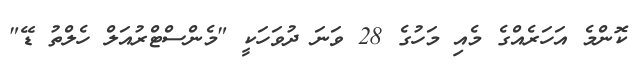
ކޮންމެ އަހަރެއްގެ މެއި މަހުގެ 28 ވަނަ ދުވަހަކީ "މެންސްޓްރުއަލް ހެލްތު ޑޭ"